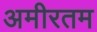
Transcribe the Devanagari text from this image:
अमीरतम